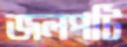
জলপটি